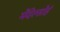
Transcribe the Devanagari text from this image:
मेंदेल्सोहं